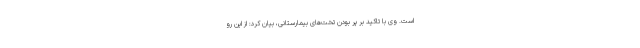
است. وی با تاکید بر پر بودن تخت‌های بیمارستانی، بیان کرد: از این رو